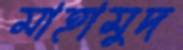
মাহামুদ